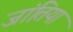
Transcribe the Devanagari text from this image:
जांतिया